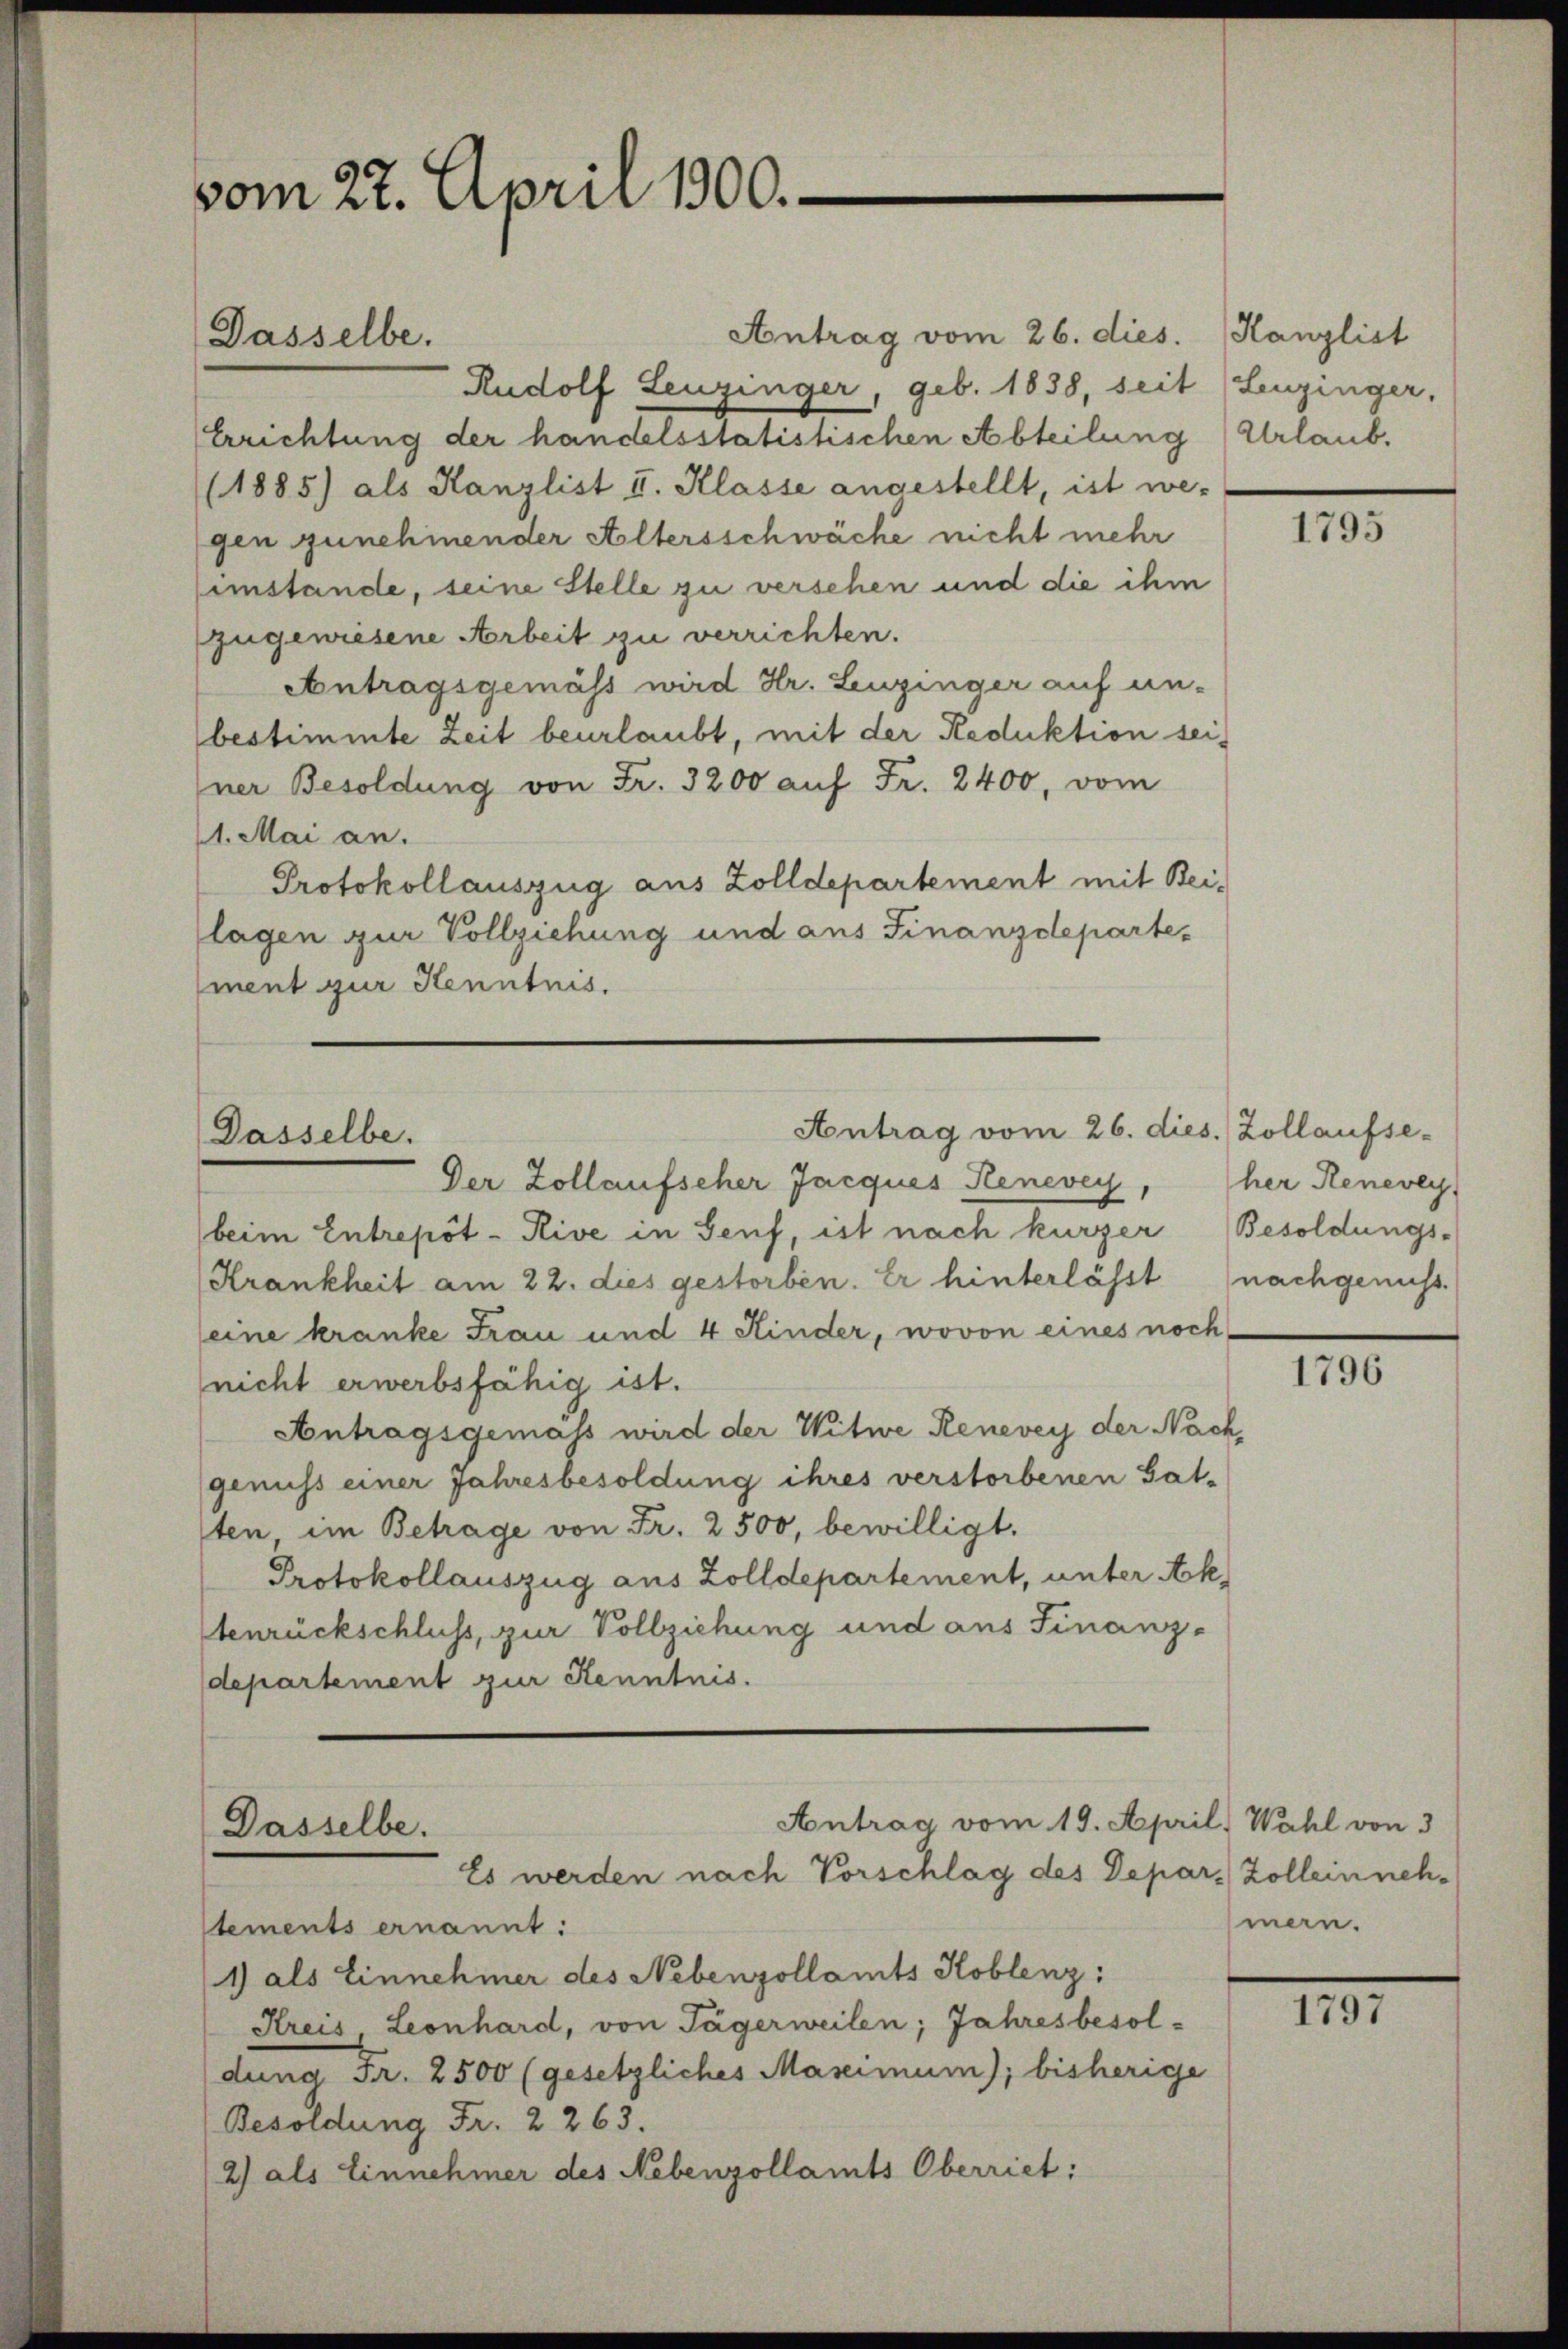
vom 22. April 1900.

Antrag vom 26. dies.
Rudolf Leuzinger, geb. 1838, seit (Leuzinger,
Errichtung der handelsstatistischen Abteilung Urlaub.
(1885) als Kanzlist I. Klasse angestellt, ist we-
gen zunehmender Altersschwäche nicht mehr
imstande, seine Stelle zu versehen und die ihm
zugewiesene Arbeit zu verrichten.
Antragsgemäss wird Hr. Leuzinger auf un-
bestimmte Zeit beurlaubt, mit der Reduktion seiner Besoldung von Fr. 3200 auf Fr. 2400, vom
11. Mai an.
Protokollauszug aus Zolldepartement mit Bei-
lagen zur Vollziehung und aus Finanzdepartement zur Kenntnis.

Dasselbe.

Dasselbe.

Der Zollaufscher Jacques Renevey
beim Entrepôt-Kive in Senf, ist nach kurzer Besoldungs-
Krankheit am 22. dies gestorben. Er hinterlässt
seine kranke Frau und 4 Kinder, wovon eines noch
nicht erwerbsfähig ist.
Antragsgemäß wird der Witwe Renevey der Nachgenuss einer Jahresbesoldung ihres verstorbenen Gat-
sten im Betrage von Fr. 2500, bewilligt.
Protokollauszug aus Zolldepartement, unter Aktenrückschluss, zur Vollziehung und aus Finanz-
departement zur Kenntnis.

Antrag vom 26. dies. Zollaufse-

Antrag vom 19. April. Wahl von 3
Dasselbe.
Es werden nach Vorschlag des Depar Zollein neh¬

stements ernannt:
1) als Einnehmer des Nebenzollamts Koblenz:
Kreis Leonhard, von Tägerweilen; Jahresbesoldung Fr. 2500 (gesetzliches Mascimum); bisherige
Besoldung Fr. 2265.
2) als Einnehmer des Nebenzollamts Oberriet:

Kanzlist

1795

her Renevey
nachgenuss.

1796

mern.

1797